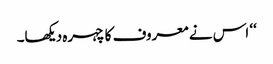
‘‘ اس نے معروف کا چہرہ دیکھا۔